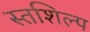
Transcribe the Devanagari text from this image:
स्‍तशिल्प